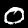
Label: 0